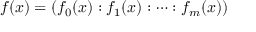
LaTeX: f ( x ) = ( f _ { 0 } ( x ) : f _ { 1 } ( x ) : \dots : f _ { m } ( x ) )